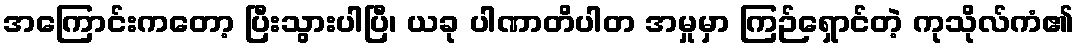
အကြောင်းကတော့ ပြီးသွားပါပြီ၊ ယခု ပါဏာတိပါတ အမှုမှာ ကြဉ်ရှောင်တဲ့ ကုသိုလ်ကံ၏